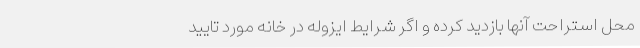
محل استراحت آنها بازدید کرده و اگر شرایط ایزوله در خانه مورد تایید